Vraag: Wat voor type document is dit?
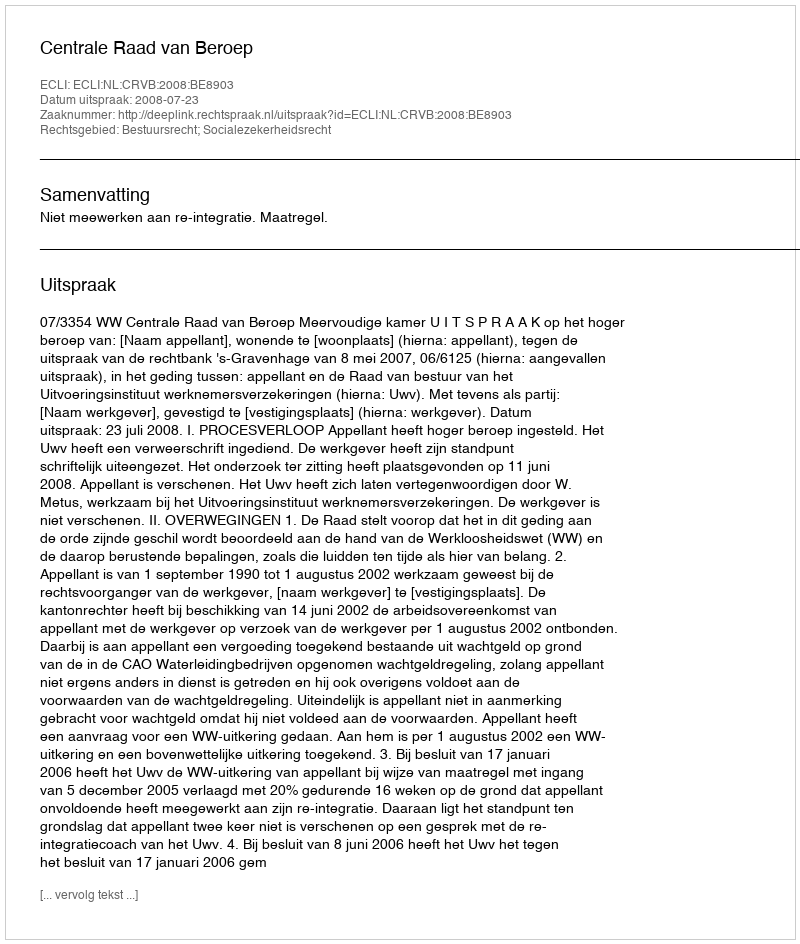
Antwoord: Uitspraak